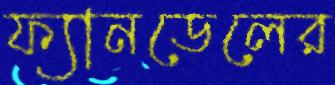
ফ্যানডেলের